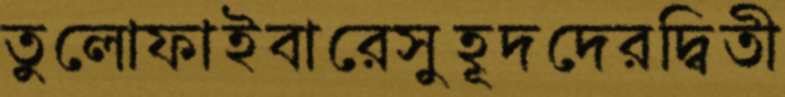
তুলোফাইবারেসুহূদদেরদ্বিতী